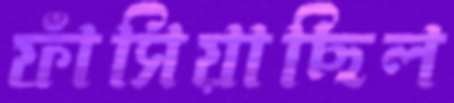
ফাঁসিয়াছিল